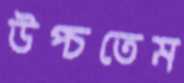
উপ্‌চতেম